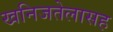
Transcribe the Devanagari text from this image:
खनिजतेलासह